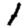
Digit: 1